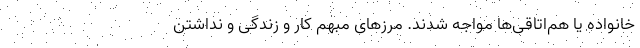
خانواده یا هم‌اتاقی‌ها مواجه شدند. مرز‌های مبهم کار و زندگی و نداشتن